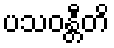
ပသဝန္တီတိ